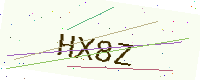
Text: HX8Z